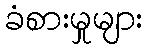
ခံစားမှုများ